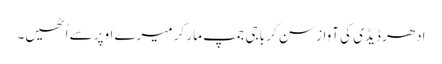
ادھر ڈیڈی کی آواز سن کر باجی جمپ مار کر میرے اوپر سے اُٹھیں۔